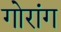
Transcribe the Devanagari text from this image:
गोरांग